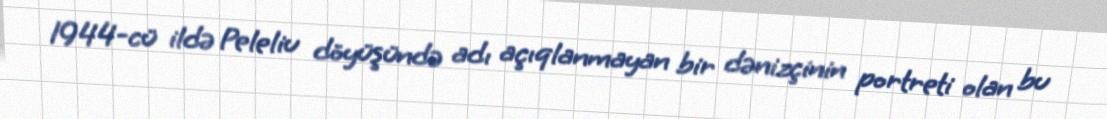
1944-cü ildə Peleliu döyüşündə adı açıqlanmayan bir dənizçinin portreti olan bu